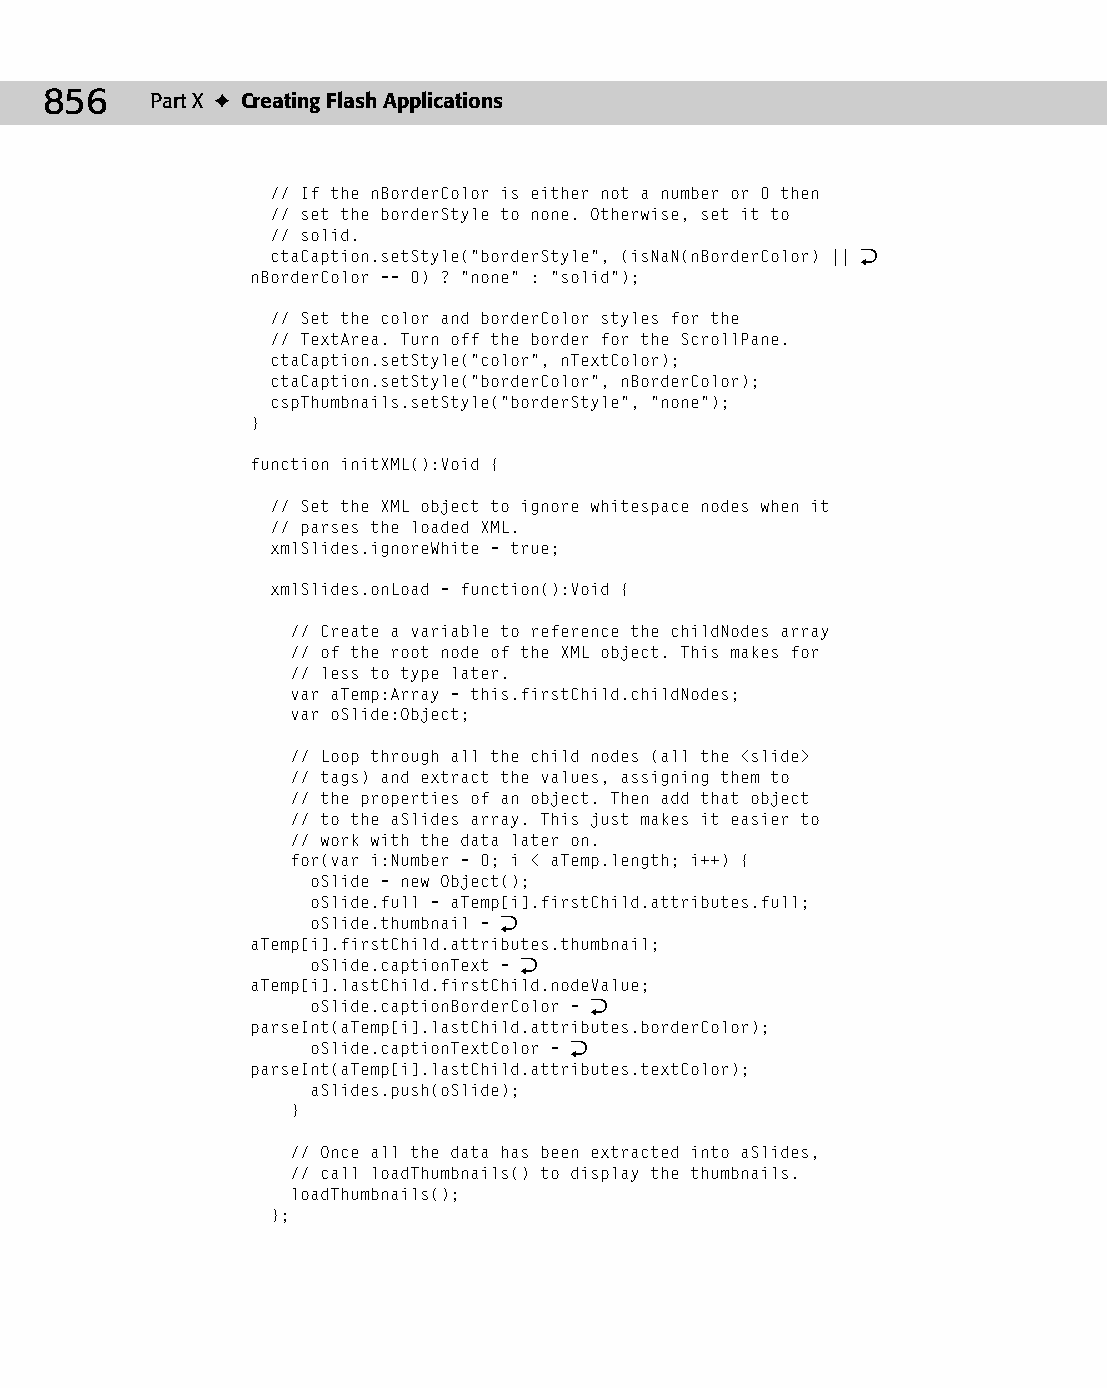
46 543547 ch35.qxd 3/24/04 4:15 PM Page 856
 856    Part X ✦ Creating Flash Applications
 // If the nBorderColor is either not a number or 0 then
 // set the borderStyle to none. Otherwise, set it to
 // solid.
 ctaCaption.setStyle(“borderStyle”, (isNaN(nBorderColor) || Æ
 nBorderColor == 0) ? “none” : “solid”);
 // Set the color and borderColor styles for the
 // TextArea. Turn off the border for the ScrollPane.
 ctaCaption.setStyle(“color”, nTextColor);
 ctaCaption.setStyle(“borderColor”, nBorderColor);
 cspThumbnails.setStyle(“borderStyle”, “none”);
 }
 function initXML():Void {
 // Set the XML object to ignore whitespace nodes when it
 // parses the loaded XML.
 xmlSlides.ignoreWhite = true;
 xmlSlides.onLoad = function():Void {
 // Create a variable to reference the childNodes array
 // of the root node of the XML object. This makes for
 // less to type later.
 var aTemp:Array = this.firstChild.childNodes;
 var oSlide:Object;
 // Loop through all the child nodes (all the <slide>
 // tags) and extract the values, assigning them to
 // the properties of an object. Then add that object
 // to the aSlides array. This just makes it easier to
 // work with the data later on.
 for(var i:Number = 0; i < aTemp.length; i++) {
 oSlide = new Object();
 oSlide.full = aTemp[i].firstChild.attributes.full;
 oSlide.thumbnail = Æ
 aTemp[i].firstChild.attributes.thumbnail;
 oSlide.captionText = Æ
 aTemp[i].lastChild.firstChild.nodeValue;
 oSlide.captionBorderColor = Æ
 parseInt(aTemp[i].lastChild.attributes.borderColor);
 oSlide.captionTextColor = Æ
 parseInt(aTemp[i].lastChild.attributes.textColor);
 aSlides.push(oSlide);
 }
 // Once all the data has been extracted into aSlides,
 // call loadThumbnails() to display the thumbnails.
 loadThumbnails();
 };